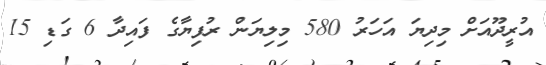
އުރީދޫއަށް މިދިޔަ އަހަރު 580 މިލިޔަން ރުފިޔާގެ ފައިދާ 6 ގަޑި 15